Report of an investigation into the causes of malaria in Bombay and the measures necessary for its control
Disease focus: Malaria
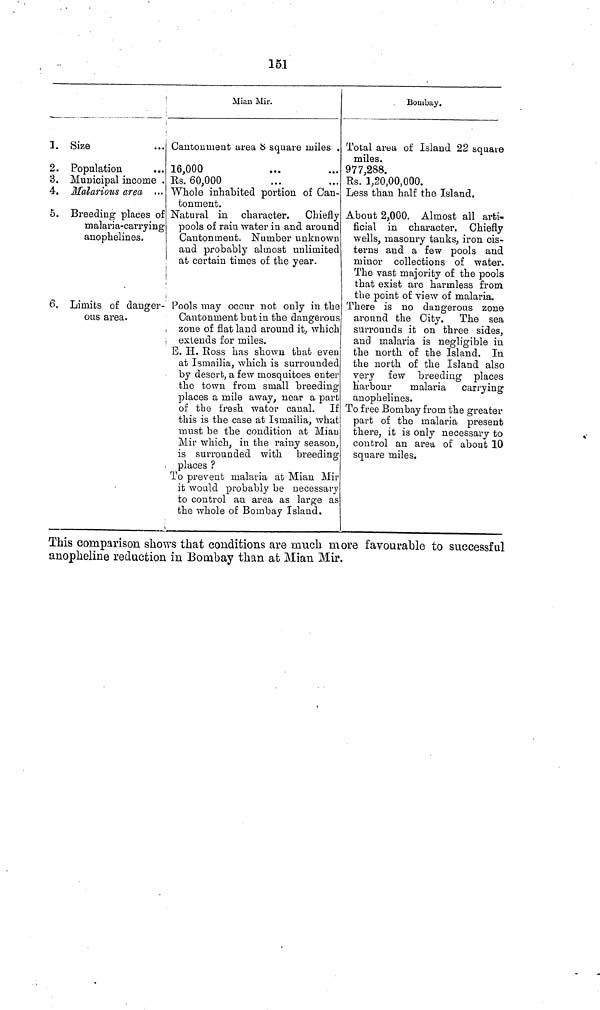
15.1
1.
2.
3.
4.
5.
6,
Size
Population
...
Municipal income .
Malarious area ...
Breeding places of
malaria-carrying
anophelines.
Limits of danger-
ous area.
Miau Mir.
Cantonment area 8 square miles ,
16,000
Rs. 60,000
Whole inhabited portion of Can-
tonment.
Natural in character. Chiefly
pools of rain water in and around
Cantonment. Number unknown
and probably almost unlimited
at certain times of the year.
Pools may occur not only in the
Cantonment but in the dangerous
zone of flat land around it, which
extends for miles.
E. H. Ross has shown that even
at Ismailia, which is surrounded
by desert, a few mosquitoes enter
the town from small breeding
places a mile away, near a part
of the fresh water canal. If
this is the case at Ismailia, what
must be the condition at Miau
Mir which, in the rainy season,
is surrounded with breeding
places ?
To prevent malaria at Mian Mir
it would probably be necessary
to control an area as large as
the whole of Bombay Island.
Bombay.
Total area of Island 22 square
miles.
977,288.
Rs. 1,20,00,000.
Less than half the Island.
About 2,000. Almost all arti-
ficial in character. Chiefly
wells, masonry tanks, iron cis-
terns and a few pools and
minor collections of water.
The vast majority of the pools
that exist are harmless from
the point of view of malaria.
There is no dangerous zone
around the City. The sea
surrounds it on three sides,
and malaria is negligible in
the north of the Island. In
the north of the Island also
very few breeding places
harbour
malaria carrying
anophelines.
To free Bombay from the greater
part of the malaria present
there, it is only necessary to
control an area of about 10
square miles.
This comparison shows that conditions are much more favourable to successful
anopheline reduction in Bombay than at Mian Mir.